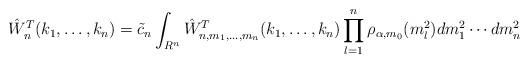
LaTeX: \begin{align*}\hat W_{n}^T(k_1,\ldots,k_n)=\tilde c_n \int_{R^n}\hat W_{n,m_1,\ldots,m_n}^T(k_1,\ldots,k_n)\prod_{l=1}^n\rho_{\alpha,m_0}(m_l^2)dm_1^2\cdots dm_n^2\end{align*}